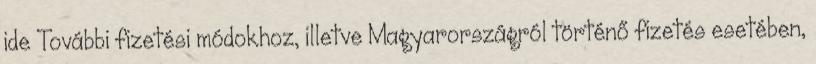
ide További fizetési módokhoz, illetve Magyarországról történő fizetés esetében,